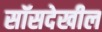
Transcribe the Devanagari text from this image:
सॉसदेखील